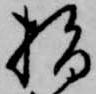
指